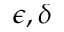
\epsilon , \delta